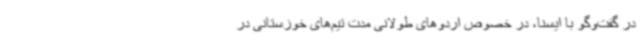
در گفت‌وگو با ایسنا، در خصوص اردوهای طولانی مدت تیم‌های خوزستانی در